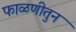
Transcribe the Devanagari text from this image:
फाळणीतुन